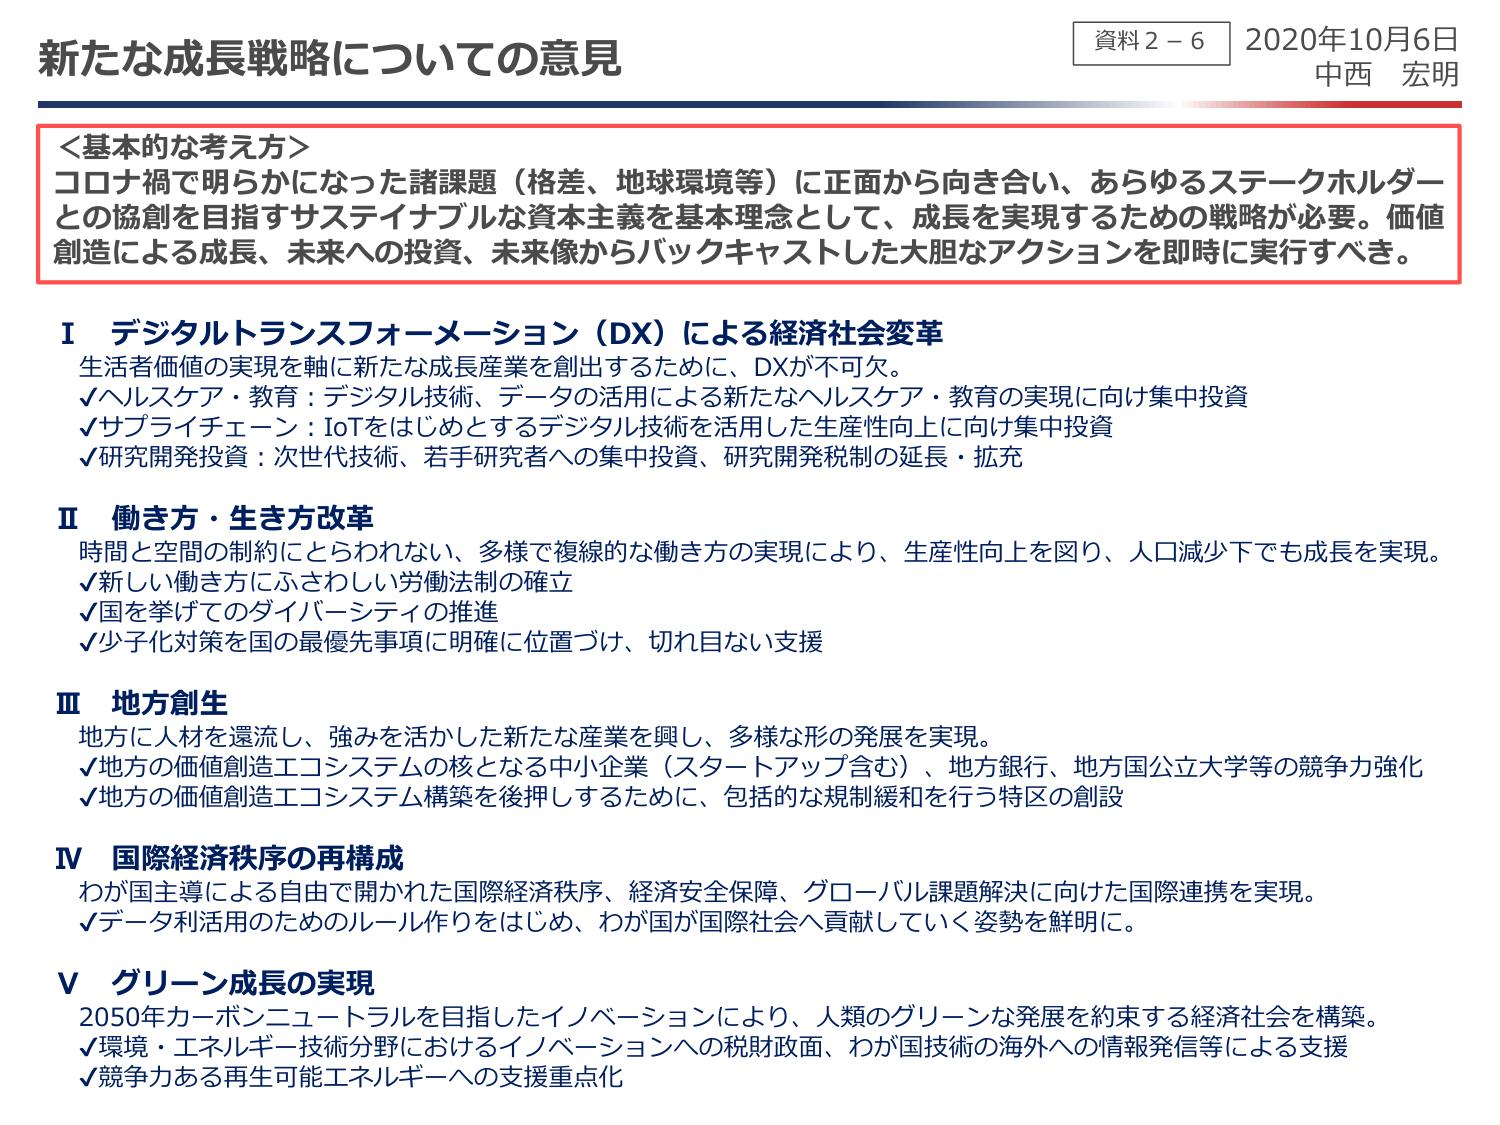
新たな成長戦略についての意見
資料２－６　2020年10月6日
中西　宏明

＜基本的な考え方＞
コロナ禍で明らかになった諸課題（格差、地球環境等）に正面から向き合い、あらゆるステークホルダーとの協創を目指すサステイナブルな資本主義を基本理念として、成長を実現するための戦略が必要。価値創造による成長、未来への投資、未来像からバックキャストした大胆なアクションを即時に実行すべき。

Ⅰ デジタルトランスフォーメーション（DX）による経済社会変革
生活者価値の実現を軸に新たな成長産業を創出するために、DXが不可欠。
✓ ヘルスケア・教育：デジタル技術、データの活用による新たなヘルスケア・教育の実現に向け集中投資
✓ サプライチェーン：IoTをはじめとするデジタル技術を活用した生産性向上に向け集中投資
✓ 研究開発投資：次世代技術、若手研究者への集中投資、研究開発税制の延長・拡充

Ⅱ 働き方・生き方改革
時間と空間の制約にとらわれない、多様で複線的な働き方の実現により、生産性向上を図り、人口減少下でも成長を実現。
✓ 新しい働き方にふさわしい労働法制の確立
✓ 国を挙げてのダイバーシティの推進
✓ 少子化対策を国の最優先事項に明確に位置づけ、切れ目ない支援

Ⅲ 地方創生
地方に人材を還流し、強みを活かした新たな産業を興し、多様な形の発展を実現。
✓ 地方の価値創造エコシステムの核となる中小企業（スタートアップ含む）、地方銀行、地方国公立大学等の競争力強化
✓ 地方の価値創造エコシステム構築を後押しするために、包括的な規制緩和を行う特区の創設

Ⅳ 国際経済秩序の再構成
わが国主導による自由で開かれた国際経済秩序、経済安全保障、グローバル課題解決に向けた国際連携を実現。
✓ データ利活用のためのルール作りをはじめ、わが国が国際社会へ貢献していく姿勢を鮮明に。

Ⅴ グリーン成長の実現
2050年カーボンニュートラルを目指したイノベーションにより、人類のグリーンな発展を約束する経済社会を構築。
✓ 環境・エネルギー技術分野におけるイノベーションへの税財政面、わが国技術の海外への情報発信等による支援
✓ 競争力ある再生可能エネルギーへの支援重点化